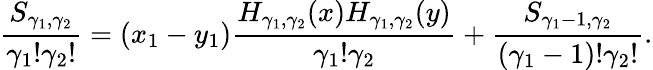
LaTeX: \frac{S_{\gamma_{1},\gamma_{2}}}{\gamma_{1}!\gamma_{2}!}=(x_{1}-y_{1})\frac{H_{\gamma_{1},\gamma_{2}}(x)H_{\gamma_{1},\gamma_{2}}(y)}{\gamma_{1}!\gamma_{2}}+\frac{S_{\gamma_{1}-1,\gamma_{2}}}{(\gamma_{1}-1)!\gamma_{2}!}.